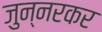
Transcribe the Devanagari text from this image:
जुन्‍नरकर